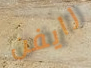
رايفن